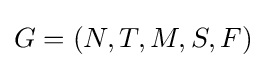
G=(N,T,M,S,F)